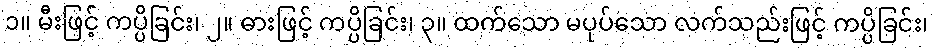
၁။ မီးဖြင့် ကပ္ပိခြင်း၊ ၂။ ဓားဖြင့် ကပ္ပိခြင်း၊ ၃။ ထက်သော မပုပ်သော လက်သည်းဖြင့် ကပ္ပိခြင်း၊